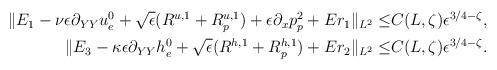
LaTeX: \begin{align*}\begin{aligned}\Vert E_1-\nu\epsilon\partial_{YY}u^0_e+\sqrt{\epsilon}(R^{u,1}+R^{u,1}_p)+\epsilon\partial_xp^2_p+Er_1\Vert_{L^2}\leq &C(L,\zeta)\epsilon^{3/4-\zeta},\\\Vert E_3-\kappa\epsilon\partial_{YY}h^0_e+\sqrt{\epsilon}(R^{h,1}+R^{h,1}_p)+Er_2\Vert_{L^2}\leq &C(L,\zeta)\epsilon^{3/4-\zeta}.\\\end{aligned}\end{align*}